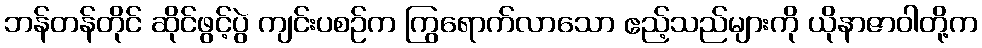
ဘန်တန်တိုင် ဆိုင်ဖွင့်ပွဲ ကျင်းပစဉ်က ကြွရောက်လာသော ဧည့်သည်များကို ယိုနာဇာဝါတို့က